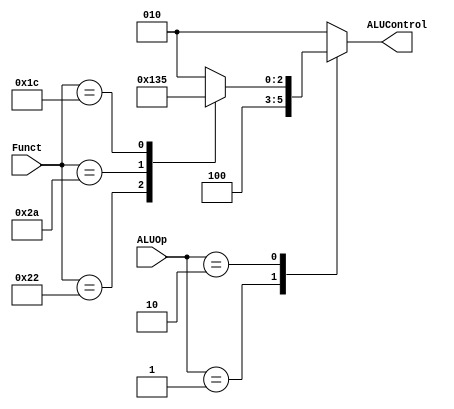
module ALUDecoder
					  (
					  input[1:0] ALUOp,
					  input [5:0] Funct,
					  output reg [2:0] ALUControl
					  );
					  
					  always @(*)
					  begin
						case(ALUOp)
						2'b00: ALUControl = 3'b010;
						2'b01:ALUControl = 3'b100;
						2'b10: 
						begin
							case(Funct)
								6'b100000: ALUControl = 3'b010;   //add
								6'b100010: ALUControl = 3'b100;   //sub
								6'b101010: ALUControl = 3'b110;   //slt
								6'b011100: ALUControl = 3'b101;   //mul
								default: ALUControl = 3'b010;   //add
							endcase
						end
						default:ALUControl = 3'b010;
						endcase
					  end
endmodule